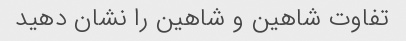
تفاوت شاهین و شاهین را نشان دهید